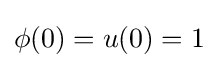
\phi (0)=u(0)=1